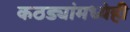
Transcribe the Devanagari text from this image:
कठड्यांमध्येही